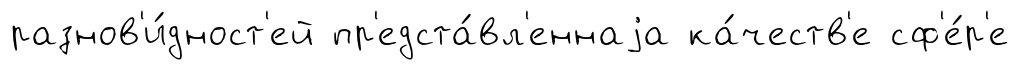
разнов'и́дност'ей пр'едста́вл'еннаjа ка́честв'е сф'е́р'е